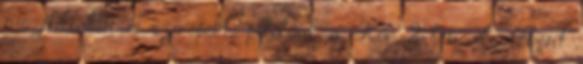
mozifilmben is szerepelt, például a Kör 2-ben, de főként